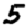
Digit: 5